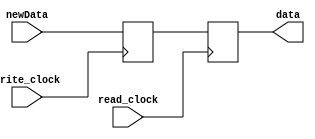
module NEXT
#(parameter DATA_WIDTH=16)
(
	input [DATA_WIDTH-1:0] newData,
	input write_clock,
	input read_clock,
	output reg [DATA_WIDTH-1:0] data
);
	
	reg [DATA_WIDTH-1:0] NEXT;
	
	always @(negedge write_clock)
		begin
			NEXT <= newData;
		end 
	
	always @(posedge read_clock)
		begin
			data <= NEXT;
		end 
endmodule